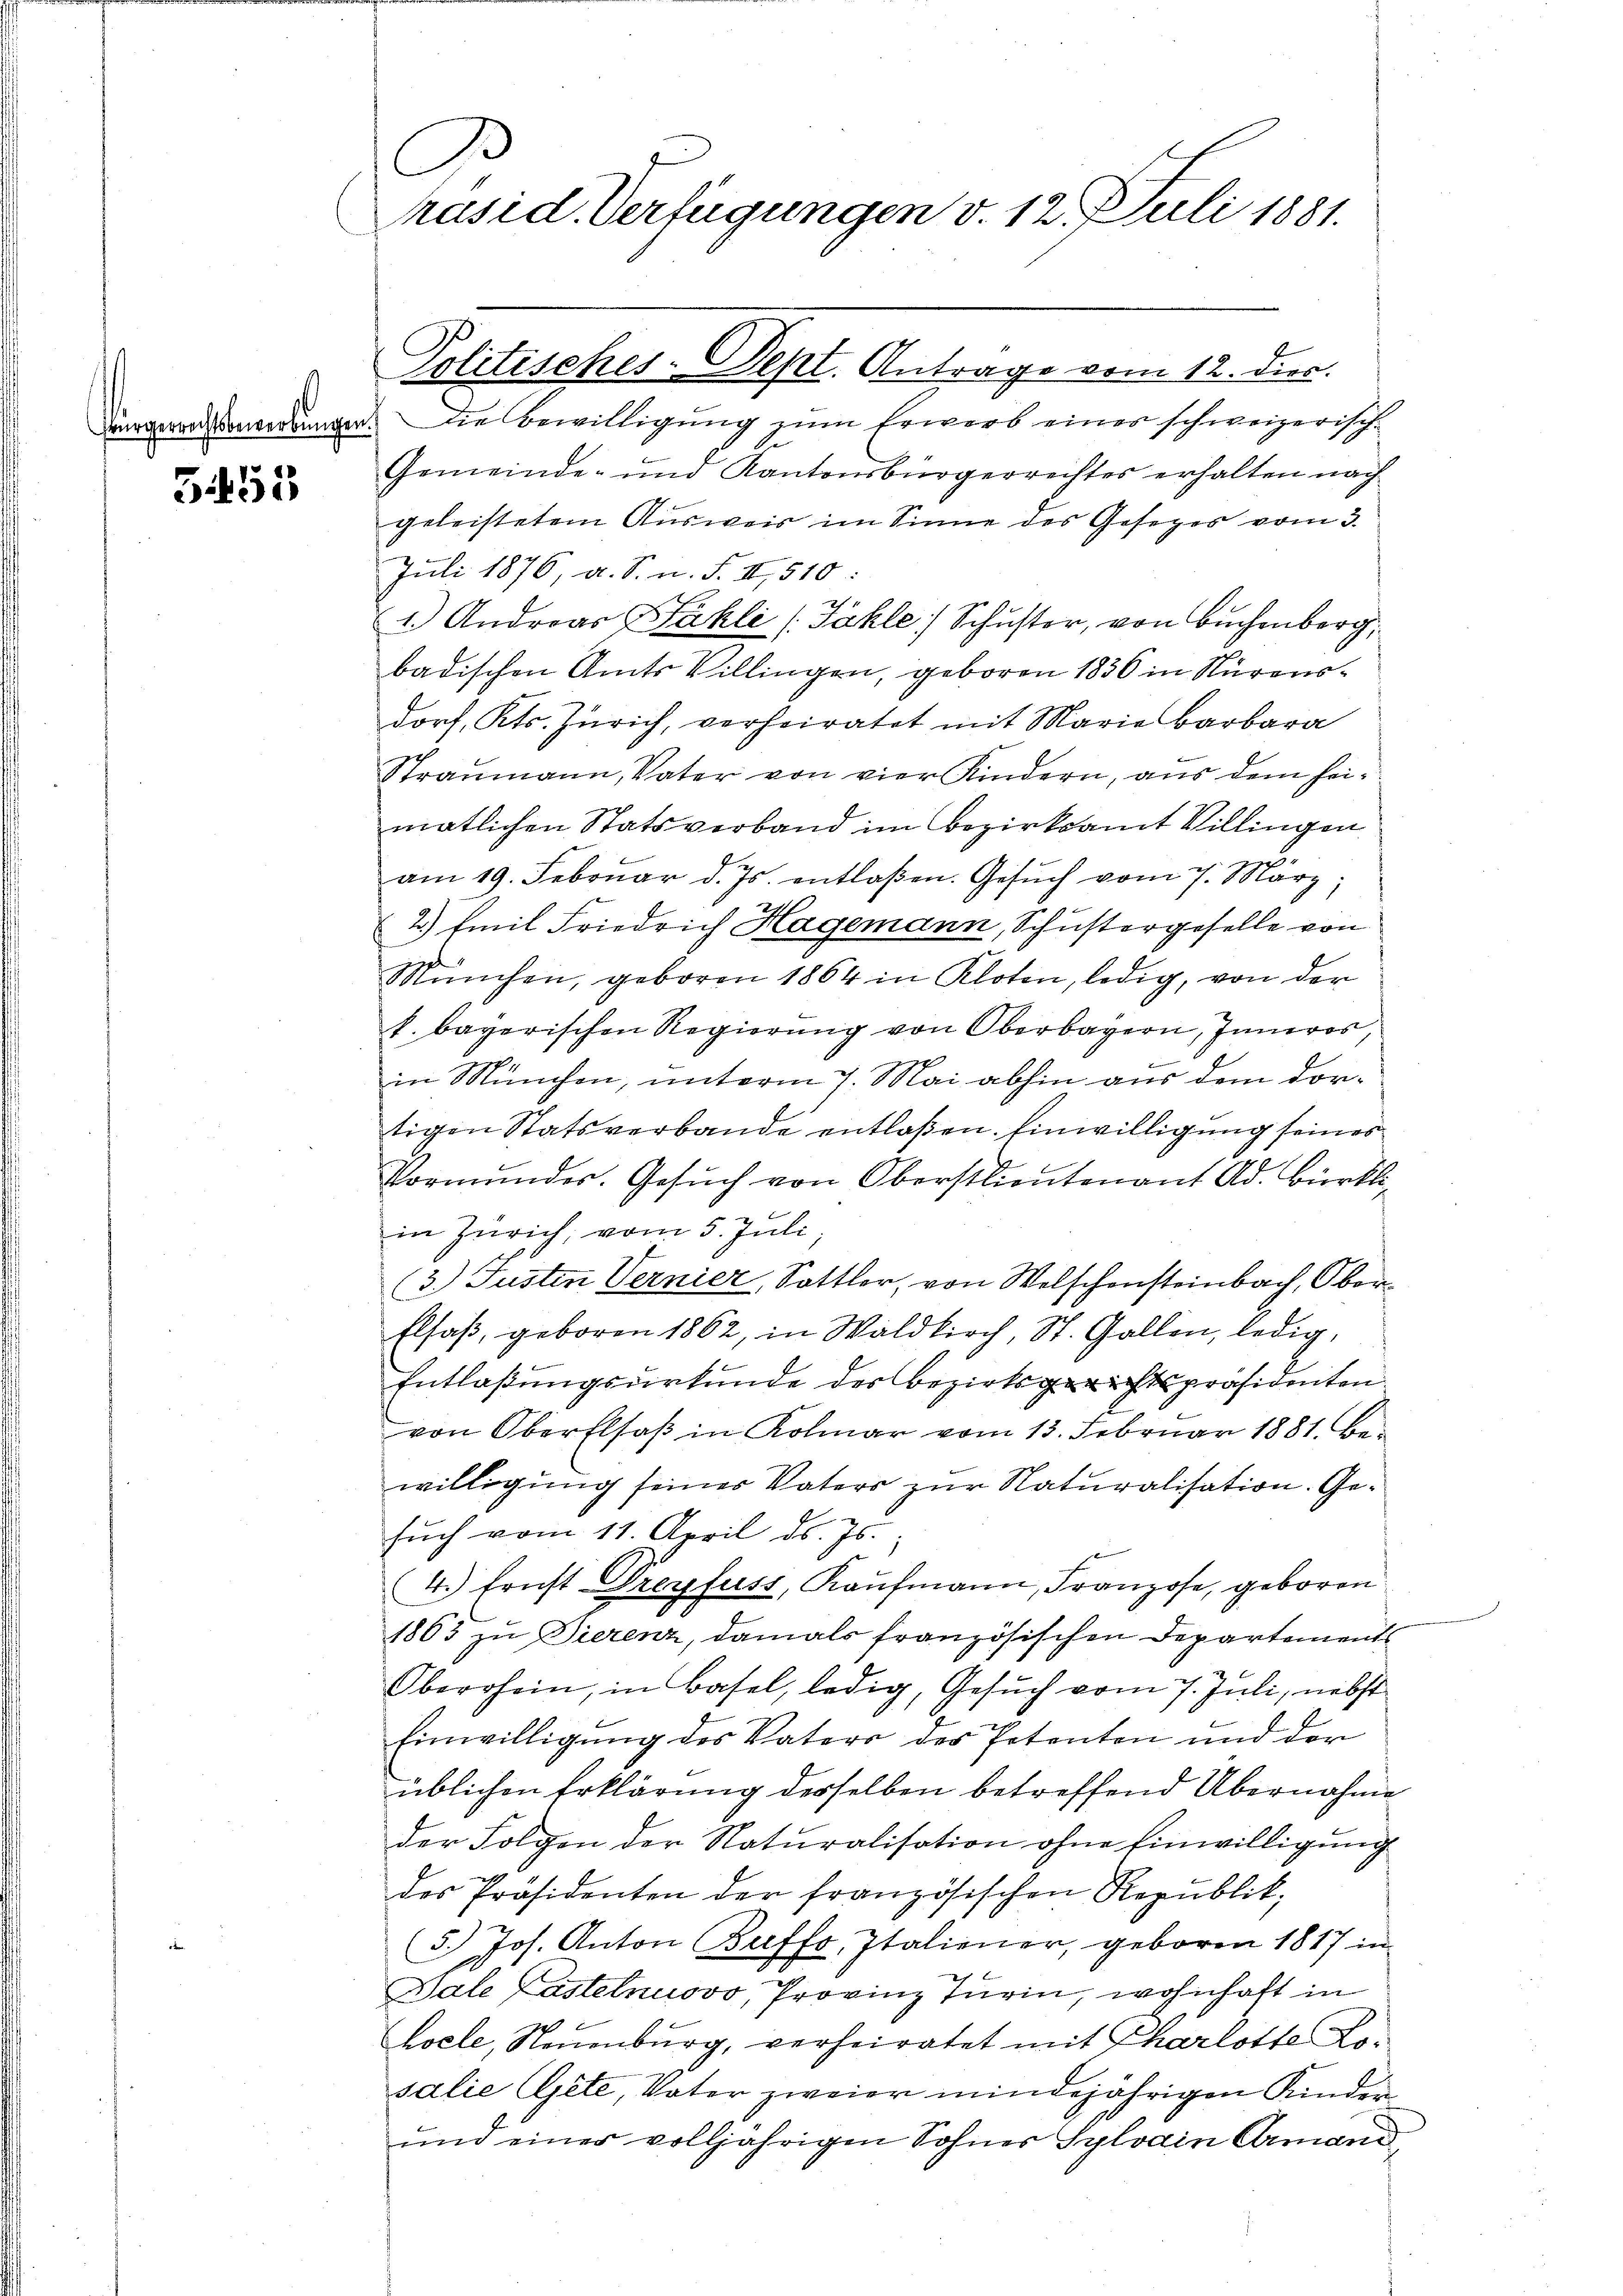
5455

C
Präsid. Verfügungen v. 12. Juli 1881.

ügeradenwerbungen. Die Bewilligung zum Erwerb einer schweizerisch-
Gemeinde- und Kantonsbürgerrechtes erhalten nach
geleistetem Ausweis im Sinne des Gesezes vom 3.
Juli 1876, a. S. n. F. II, 510:
1.) Andreas Fahli (Jäkle Schuster, von Buchenberg,
badischen Amts Villingen, geboren 1856 in Nürensdorf, Kts. Zürich, verheiratet mit Marie Barbara
Straumann, Vater von vier Kindern, aus dem heimatlichen Statsverband im Bezirksamt Villingen
am 19. Februar d. Js. entlaßen. Gesŭch vom 7. März
2.) Emil Friedrich Hagemann, Schustergeselle von
München, geboren 1864 in Kloten, ledig, von der
f. bayerischen Regierung von Oberbayern, Inneros,
in München, unterm 7. Mai abhin aus dem dortigen Statsverbande entlaßen. Einwilligung seines
Vormundes. Gesŭch von Oberstlieutenant Ad. Bürkli-
in Zürich, vom 5. Juli
(3.) Jüsten Vernier, Sattler, von Welschensteinbach, Ober¬
Elsaß, geboren 1862, in Waldkirch, St. Gallen, ledig,
Entlaßungsurkunde der Bezirksgerichtspräsidenten
von Oberflsaβ in Kolmar vom 13. Februar 1881. Be-
willigung seiner Vaters zur Naturalisation. Gesŭch vom 11. April d. Js.
4.) Ernst-Dreyfuss, Kaŭfmann, Franzose, geboren
1863 zu Dierenz, damals französischen Departements
Oberrhein, in Basel, ledig, Gesŭch vom 7. Juli, nebst
Einwilligung des Vaters des Petenten und der
üblichen Erklärung desselben betreffend Übernahme
der Folgen der Naturalisation ohne Einwilligung
des Präsidenten der französischen Republik,
(5.) Jos. Anton Beffo, Italiener, geboren 1817 in
Sale Lastetnuovo, Provinz Turin, wohnhaft in
hocle, Neuenburg, verheiratet mit Charlotte Losalie (Gete, Vater zweier minde jährigen Kinder
und einer volljährigen Sohner Sylvain Armand,

Politisches-Dept. Antrage vom 12. dies.